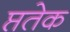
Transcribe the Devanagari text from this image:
प्ततेक